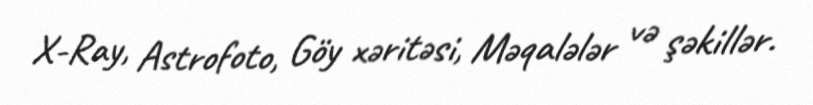
X-Ray, Astrofoto, Göy xəritəsi, Məqalələr və şəkillər.